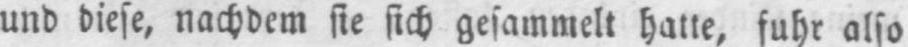
und diese, nachdem sie sich gesammelt hatte, fuhr also